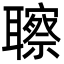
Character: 聺